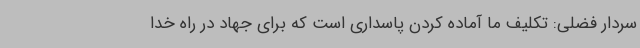
سردار فضلی: تکلیف ما آماده کردن پاسداری است که برای جهاد در راه خدا